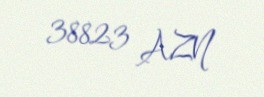
38823 AZN